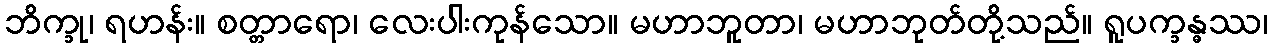
ဘိက္ခု၊ ရဟန်း။ စတ္တာရော၊ လေးပါးကုန်သော။ မဟာဘူတာ၊ မဟာဘုတ်တို့သည်။ ရူပက္ခန္ဓဿ၊